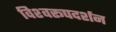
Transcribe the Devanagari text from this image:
विश्‍वरूपदर्शन